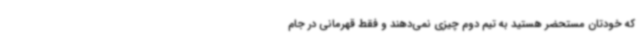
که خودتان مستحضر هستید به تیم دوم چیزی نمی‌دهند و فقط قهرمانی در جام